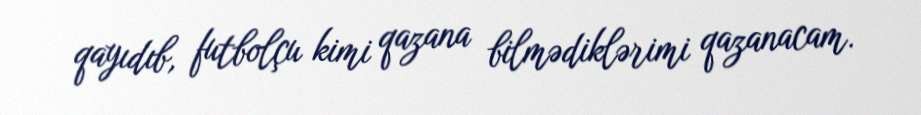
qayıdıb, futbolçu kimi qazana bilmədiklərimi qazanacam.